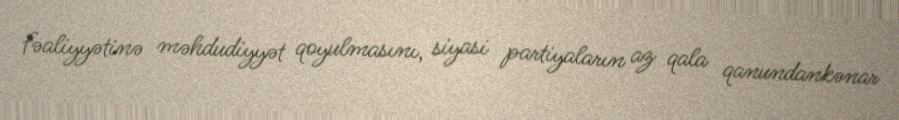
fəaliyyətinə məhdudiyyət qoyulmasını, siyasi partiyaların az qala qanundankənar